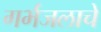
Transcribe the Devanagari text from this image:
गर्भजलाचे